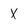
Character: X